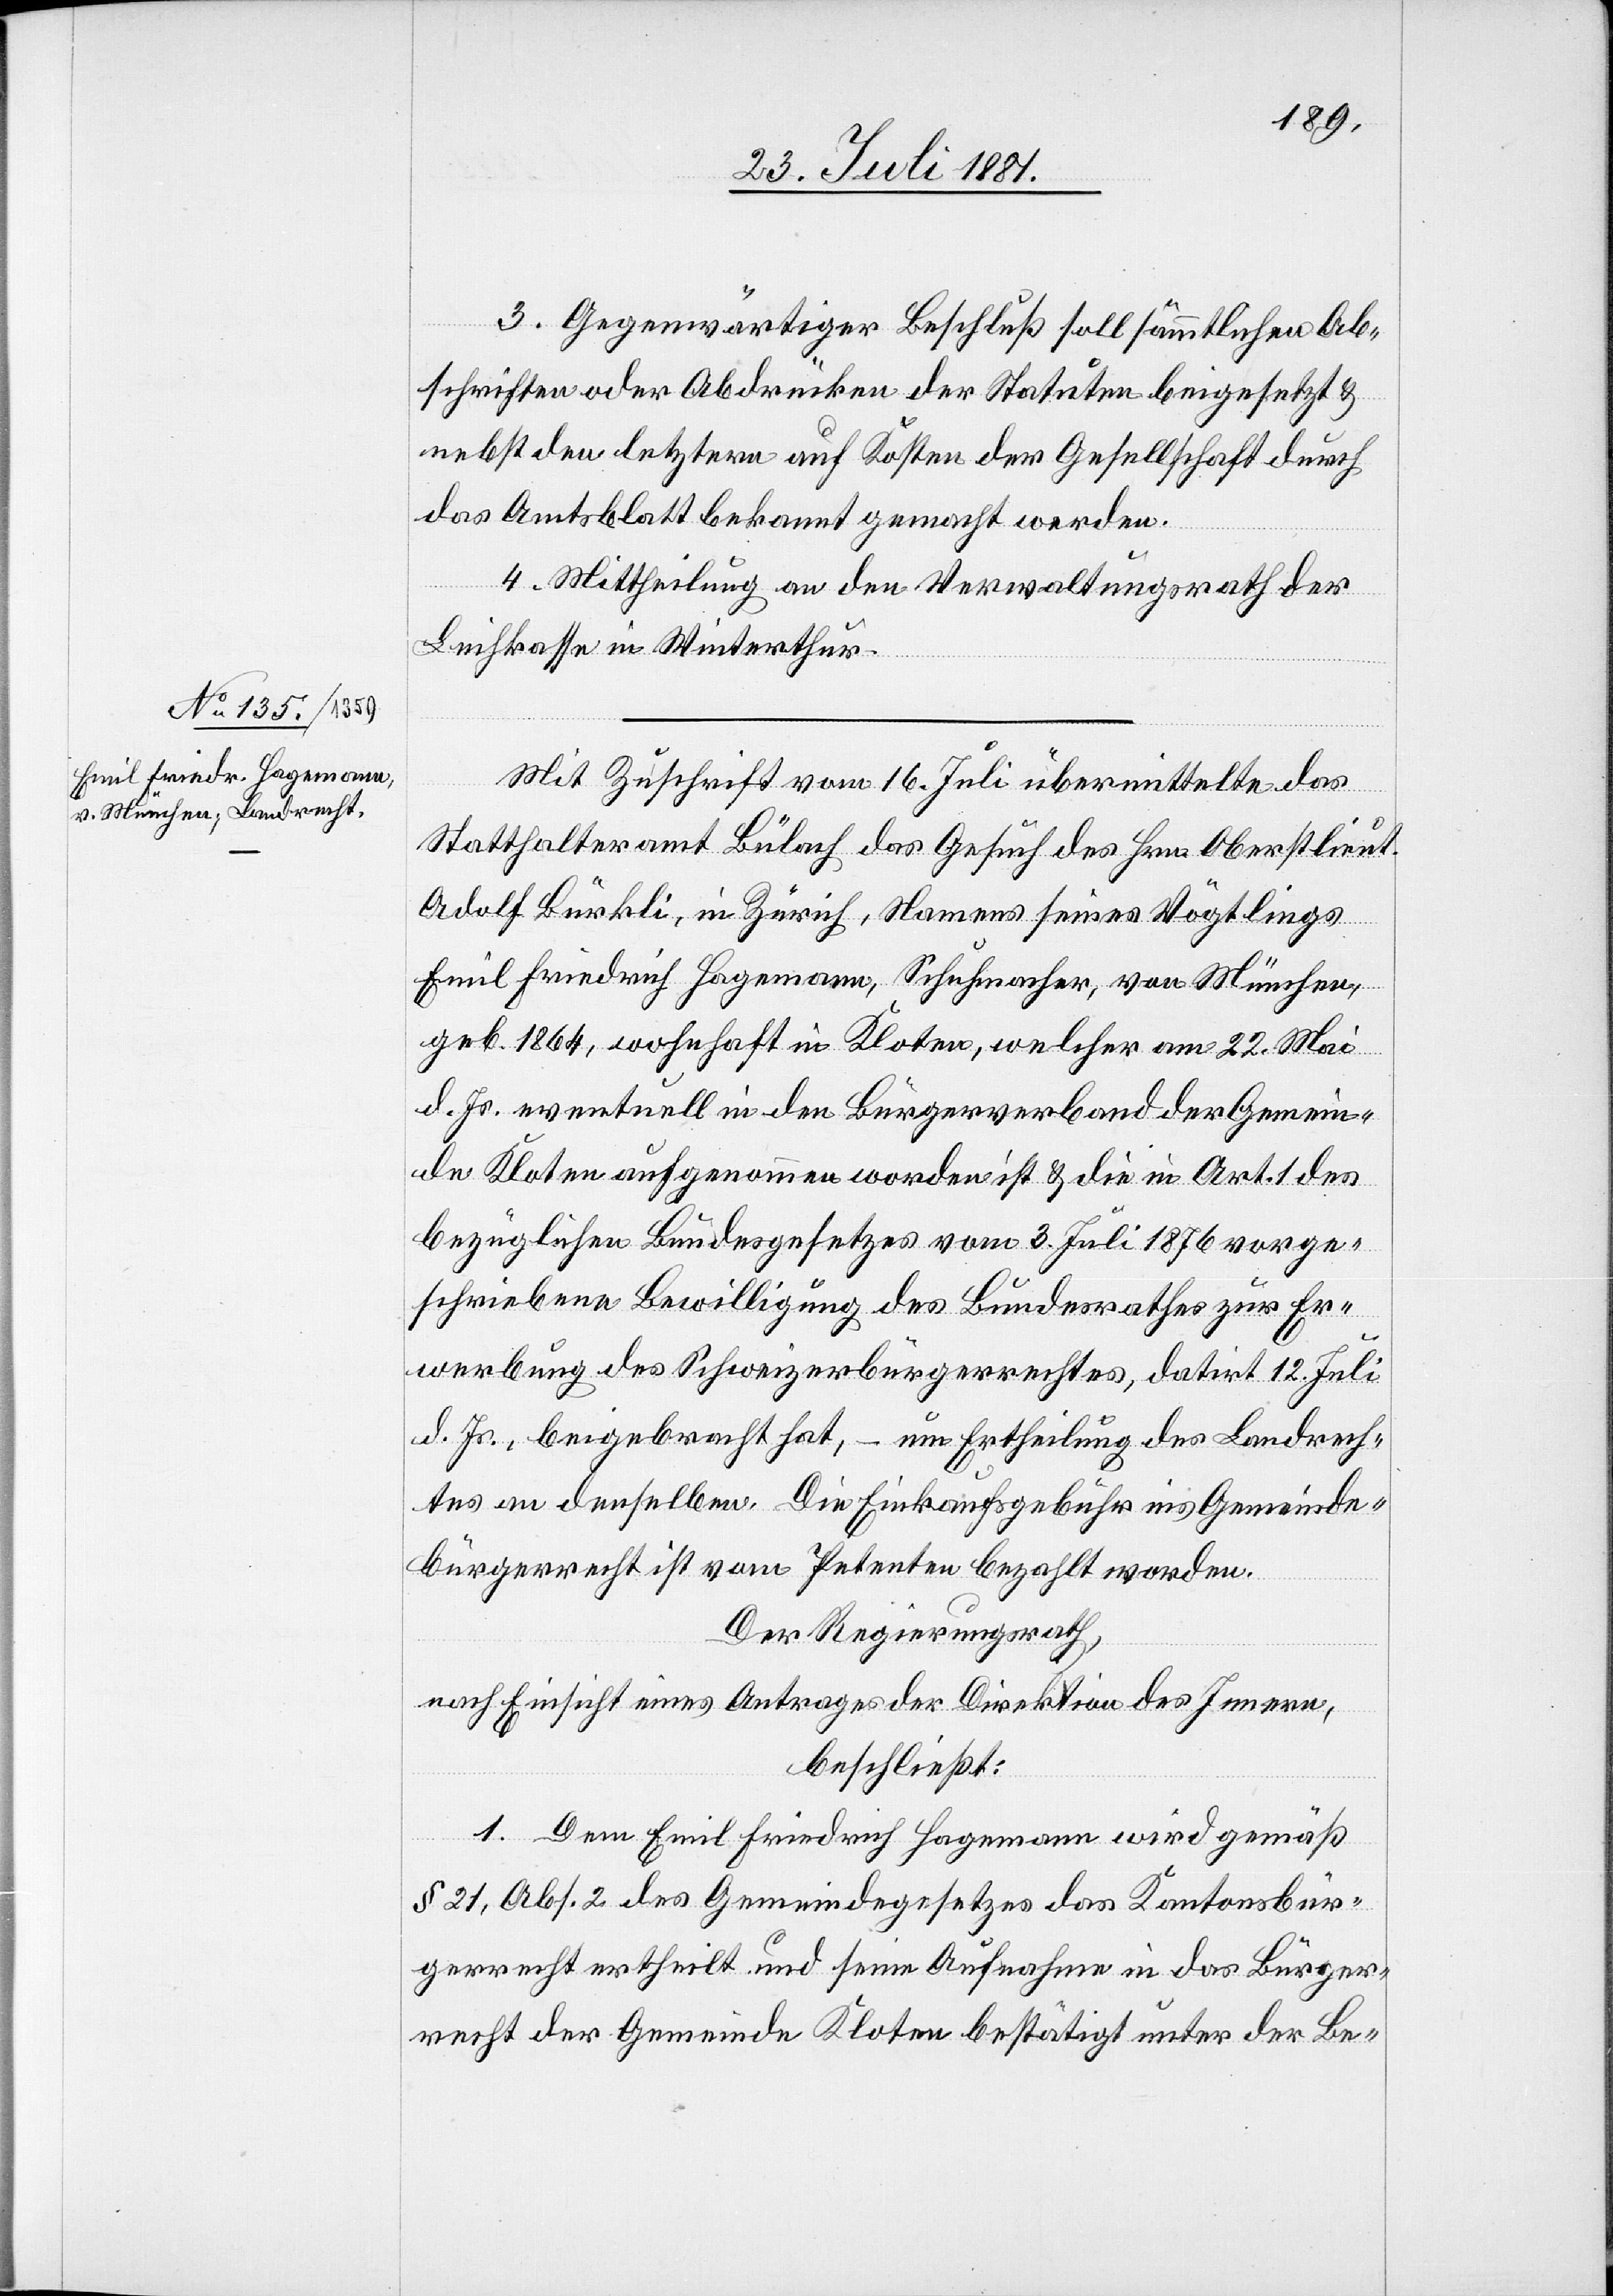
3. Gegenwärtiger Beschluß soll sämmtlichen Ab¬
schriften oder Abdrücken der Statuten beigesetzt &
nebst den letztern auf Kosten der Gesellschaft durch
das Amtsblatt bekannt gemacht werden.
4. Mittheilung an den Verwaltungsrath der
Leihkasse in Winterthur.
Mit Zuschrift vom 16. Juli übermittelte das
Statthalteramt Bülach das Gesuch des Hrn. Oberstlieut.
Adolf Bürkli, in Zürich, Namens seines Vögtlings
Emil Friedrich Hagemann, Schuhmacher, von München,
geb. 1864, wohnhaft in Kloten, welcher am 22. Mai
d. Js. eventuell in den Bürgerverband der Gemein¬
de Kloten aufgenommen worden ist & die in Art. 1 des
bezüglichen Bundesgesetzes vom 3. Juli 1876 vorge¬
schriebene Bewilligung des Bundesrathes zur Er¬
werbung des Schweizerbürgerrechtes, datirt 12. Juli
d. Js., beigebracht hat, – um Ertheilung des Landrech¬
tes an denselben. Die Einkaufsgebühr ins Gemeinde¬
bürgerrecht ist vom Petenten bezahlt worden.
Der Regierungsrath,
nach Einsicht eines Antrages der Direktion des Innern,
beschließt:
1. Dem Emil Friedrich Hagemann wird gemäß
§ 21, Abs. 2 des Gemeindegesetzes das Kantonsbür¬
gerrecht ertheilt und sine Aufnahme in das Bürger¬
recht der Gemeinde Kloten bestätigt unter der Be-